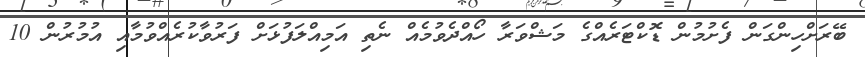
ބޭރަށްހިންގަން ފެށުމުން ޑޮކްޓަރެއްގެ މަޝްވަރާ ހޯއްދެވުމެއް ނެތި އަމިއްލަފުޅަށް ފަރުވާކުރެއްވުމާއި އުމުރުން 10